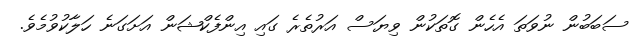
ސަބަބުން ނުވަތަ އެހެން ގޮތަކުން ވިޔަސް އަރުތެރެ ގައި އިންފެކްޝަން އަށަގަނެ ހަލާކުވުމެވެ.